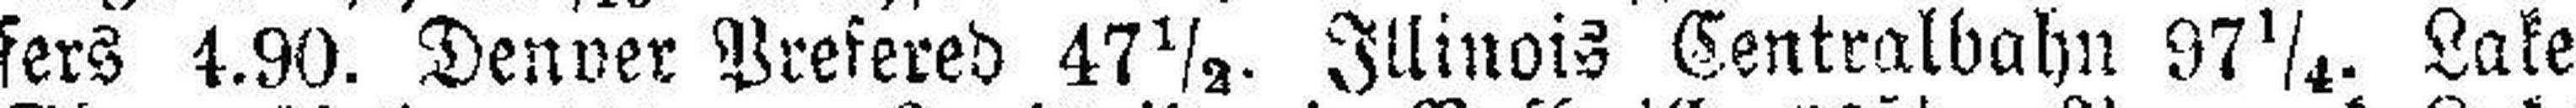
fers 4.90. Denver Prefered 47½. Illinois Centralbahn 97¼. Lake